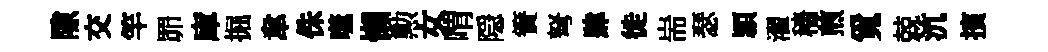
隙交竿𦊑庫掘韋侏噬懶勲女喟隠簀弩肆徙耑瑟頴濯穡煎覓兢沆擯